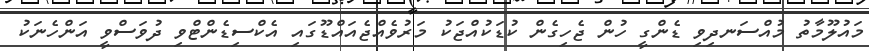
މައުލޫމާތު މުއްސަނދިވި ޑެންގީ ހުން ޖެހިގެން ކުޑަކުއްޖަކު މަރުވެއްޖެއައްޑޫގައި އެކްސިޑެންޓްވި ދުވަސްވީ އަންހެނަކު